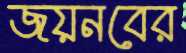
জয়নবের